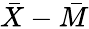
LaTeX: {\bar{X}}-{\bar{M}}